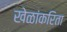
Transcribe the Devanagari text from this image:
खेळांकरिता